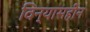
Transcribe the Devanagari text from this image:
विन्यासहीन